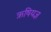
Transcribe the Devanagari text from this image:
ऋषियज्ञ